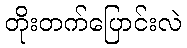
တိုးတက်ပြောင်းလဲ